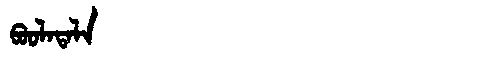
Manchu: ᠪᠣᠣᠯᠠᡨᠠᠯᠠ
Romanization: BOOLATALA